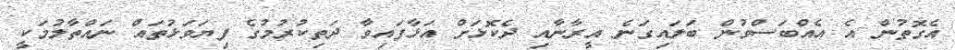
އެގޮތުން އެ އެއްބަސްވުން ބަލައިގަނެ އީރާނާއި ދެކޮޅަށް އަޅާފައިވާ ދަތިކުރުމުގެ ފިޔަވަޅުތައް ނައްތާލުމަކީ